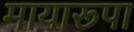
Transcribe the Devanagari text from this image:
मायारूपा